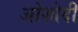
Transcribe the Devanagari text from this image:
ओशोदी